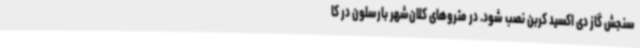
سنجش گاز دی اکسید کربن نصب شود. در متروهای کلان‌شهر بارسلون در کا